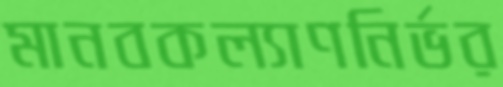
মানবকল্যাণনির্ভর